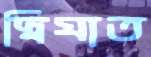
দ্বিঘাত